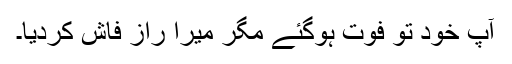
آپ خود تو فوت ہوگئے مگر میرا راز فاش کردیا۔